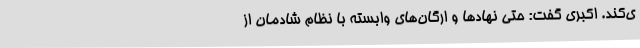
ی‌کند. اکبری گفت: حتی نهادها و ارگان‌های وابسته با نظام شادمان از